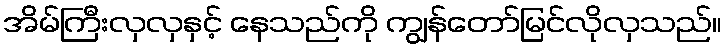
အိမ်ကြီးလှလှနှင့် နေသည်ကို ကျွန်တော်မြင်လိုလှသည်။